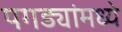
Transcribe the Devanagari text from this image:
पगड्यांमध्ये